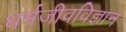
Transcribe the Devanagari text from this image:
धर्मजीवविज्ञान